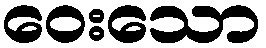
ဝေးသော